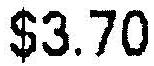
$3.70